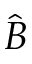
\hat { B }